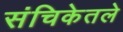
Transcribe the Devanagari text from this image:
संचिकेतले